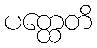
ပတ္ထေတိ